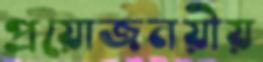
প্রয়োজনয়ীয়